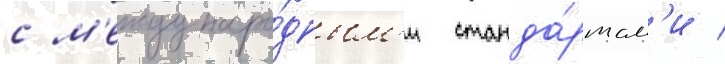
с м'еждунаро́дным'и станда́ртам'и /